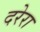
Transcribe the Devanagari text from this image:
दरेरा